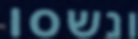
ונשסו